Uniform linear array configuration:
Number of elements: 32
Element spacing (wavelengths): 0.5
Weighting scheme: kaiser
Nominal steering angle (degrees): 15
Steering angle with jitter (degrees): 16.316
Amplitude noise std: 0.05
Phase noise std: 0.05

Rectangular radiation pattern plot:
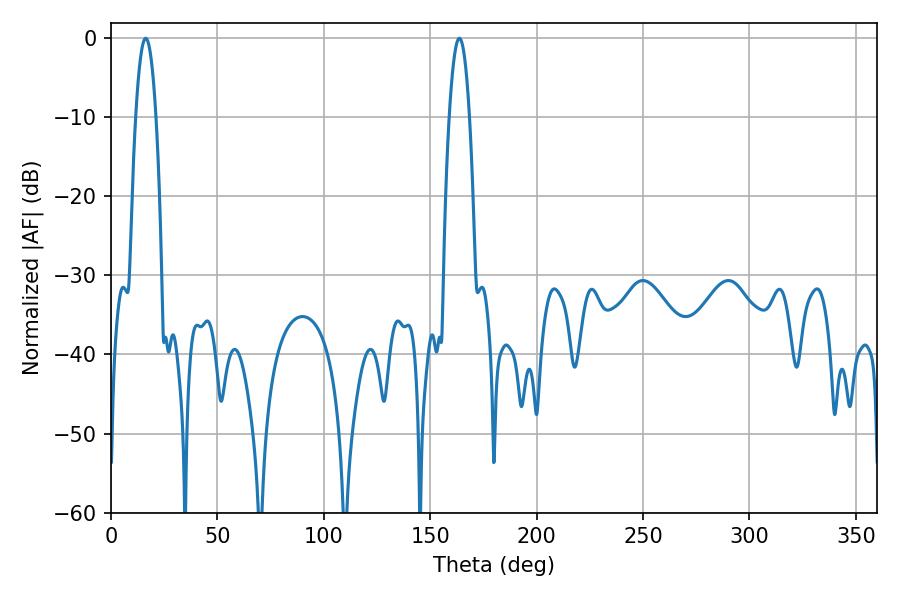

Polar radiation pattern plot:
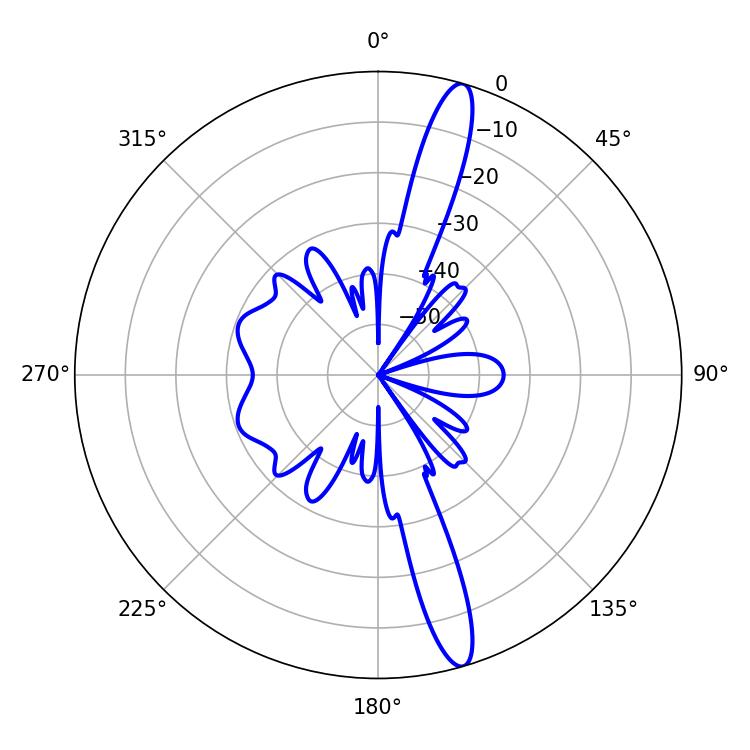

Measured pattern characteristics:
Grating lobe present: FALSE
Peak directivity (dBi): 15.614
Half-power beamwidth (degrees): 5.22
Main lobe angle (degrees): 16.38